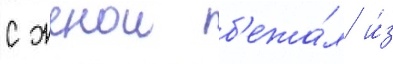
с женои б'ежа́л и́з